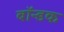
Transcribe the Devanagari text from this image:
बॉन्डक